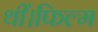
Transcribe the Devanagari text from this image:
थीं।फिल्म